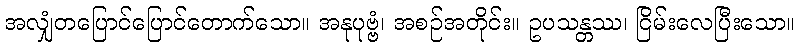
အလျှံတပြောင်ပြောင်တောက်သော။ အနုပုဗ္ဗံ၊ အစဉ်အတိုင်း။ ဥပသန္တဿ၊ ငြိမ်းလေပြီးသော။